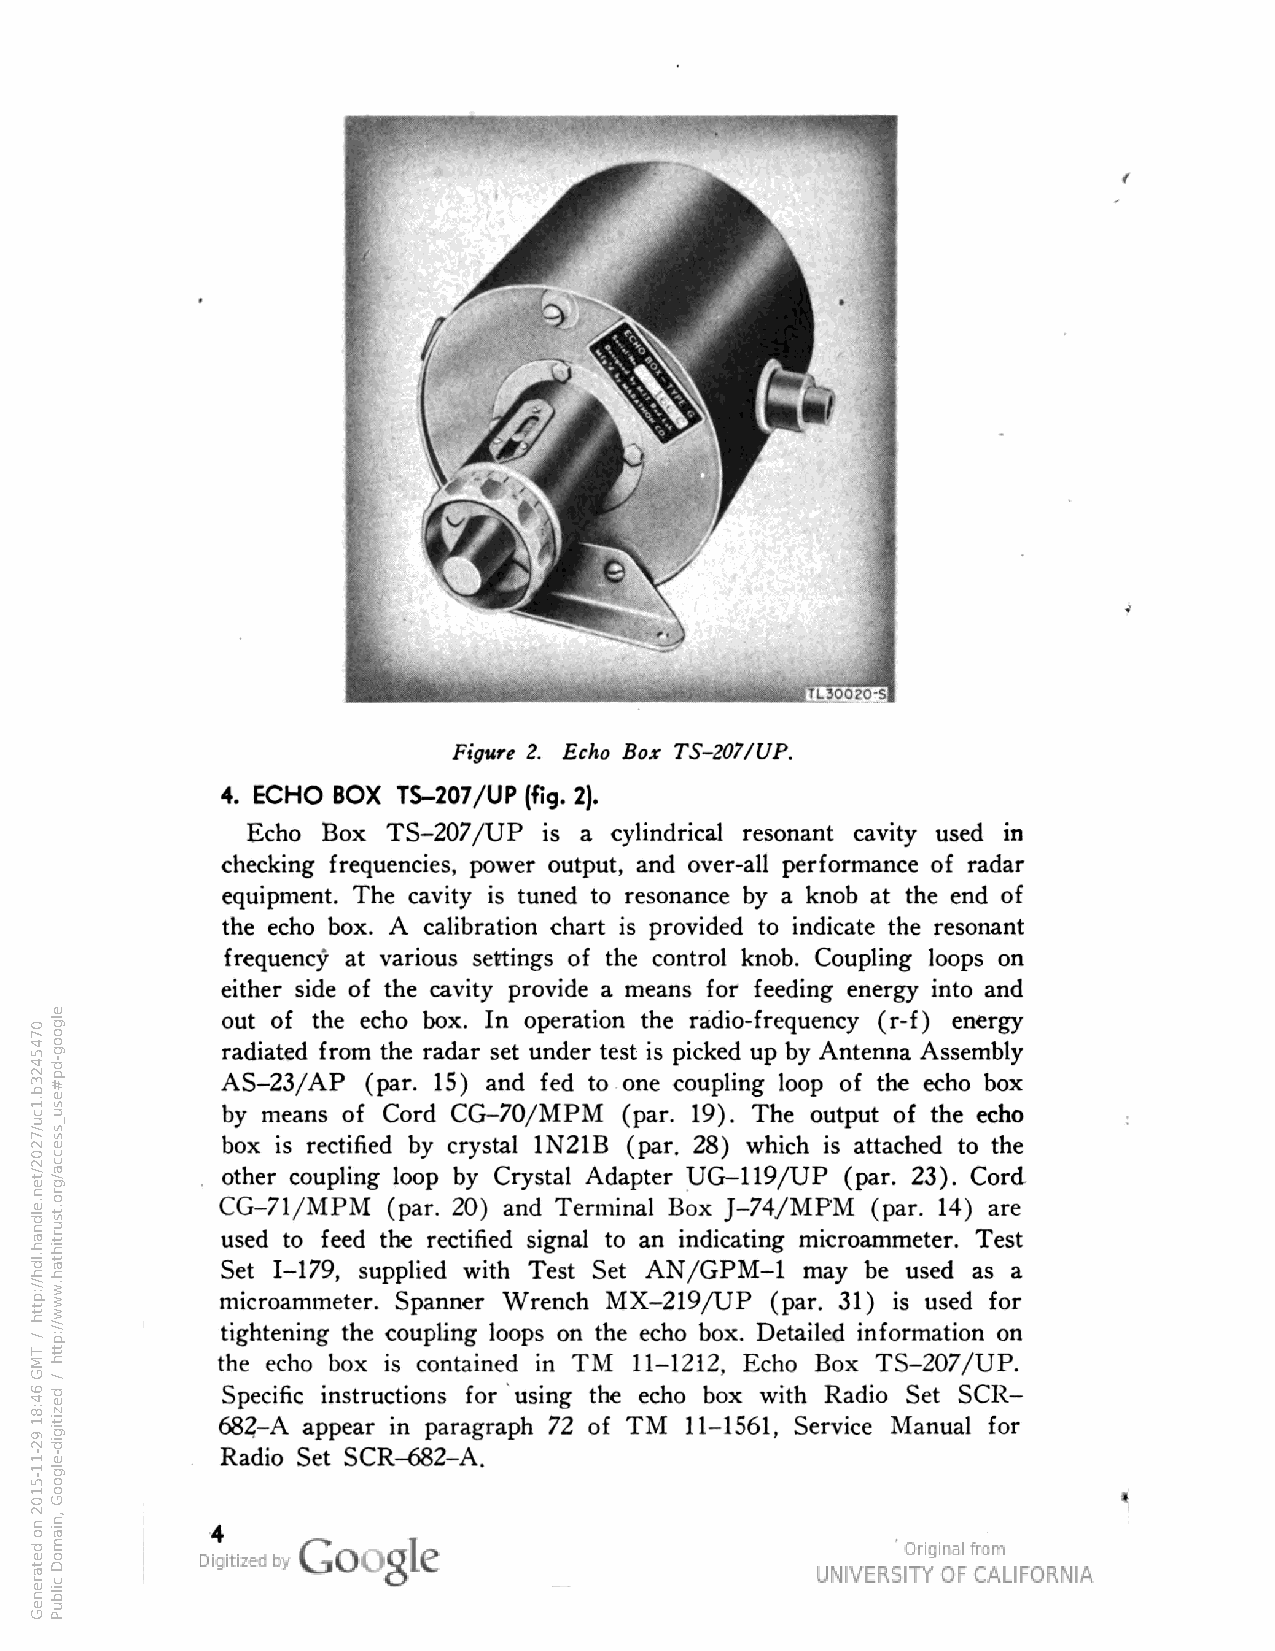
Figure 2. Echo Box TS-207/UP.
 4. ECHO BOX TS-207/UP (fig.
 Echo Box  TS-207/UP     cylindrical resonant cavity used in
 checking frequencies, power output, and over-all performance of radar
 equipment. The cavity tuned to resonance by knob at the end of
 the echo box. A calibration chart provided to indicate the resonant
 frequency at various settings of the control knob. Coupling loops on
 either side of the cavity provide means for feeding energy into and
 out of the echo box. In operation the radio-frequency (r-f) energy
 radiated from the radar set under test picked up by Antenna Assembly
 AS-23/AP (par. 15) and fed to one coupling loop of the echo box
 by means of Cord CG-70/MPM (par. 19). The output of the echo
 box  rectified by crystal 1N21B (par. 28) which attached to the
 other coupling loop by Crystal Adapter UG-119/UP (par. 23). Cord
 CG-71/MPM  (par. 20) and Terminal Box J-74/MPM (par. 14) are
 used to feed the rectified signal to an indicating microammeter. Test
 Set 1-179, supplied with Test Set AN/GPM-1 may be used as
 microammeter. Spanner Wrench MX-219/UP (par. 31) used for
 tightening the coupling loops on the echo box. Detailed information on
 the echo box  contained in TM 11-1212, Echo Box TS-207/UP.
 Specific instructions for using the echo box with Radio Set SCR-
 682-A appear in paragraph 72 of TM 11-1561, Service Manual for
 Radio Set SCR-682-A.
 0745423b.1cu/7202/ten.eldnah.ldh//:ptth
 /
 TMG
 64:81
 92-11-5102
 no
 detareneG
 elgoog-dp#esu_ssecca/gro.tsurtihtah.www//:ptth
 /
 dezitigid-elgooG
 ,niamoD
 cilbuP
 si
 si
 si
 si
 .)2
 a
 a
 si
 si
 a
 si
 si
 a